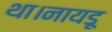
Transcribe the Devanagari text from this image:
था।नायडू